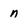
Character: n